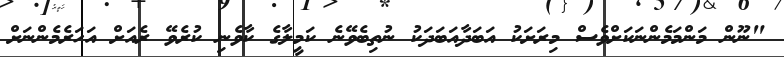
"ނޫން މަންމަމެންނަކަށްވެސް މިރަށަކު އަބަދާއަބަދަކު ނުތިބެވޭނެ ކަމީލާގެ ކާވެނި ކުރެވޭ ރެއަށް އަހަރެމެންނަށް